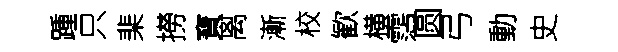
踵只棐撈寶离漸校歓横霑圆弓動史